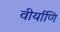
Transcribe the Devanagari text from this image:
वीर्याणि